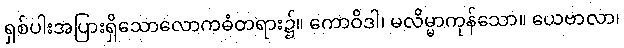
ရှစ်ပါးအပြားရှိသောလောကဓံတရား၌။ ကောဝိဒါ၊ မလိမ္မာကုန်သော။ ယေဗာလာ၊